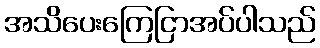
အသိပေးကြေငြာအပ်ပါသည်